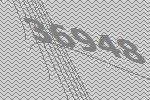
36948